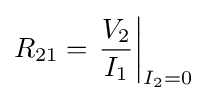
R_{21}=\left.{\frac {V_{2}}{I_{1}}}\right|_{I_{2}=0}